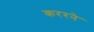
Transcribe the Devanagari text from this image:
कररने